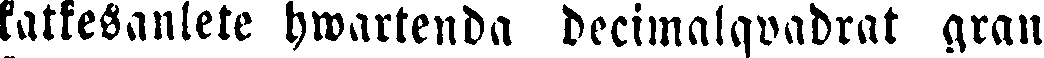
katkesanlete hwartenda decimalqvadrat gran